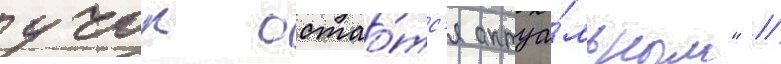
учок остао́тс'я актуа́льным" //